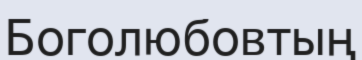
Боголюбовтың